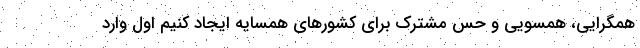
همگرایی، همسویی و حس مشترک برای کشورهای همسایه ایجاد کنیم اول وارد